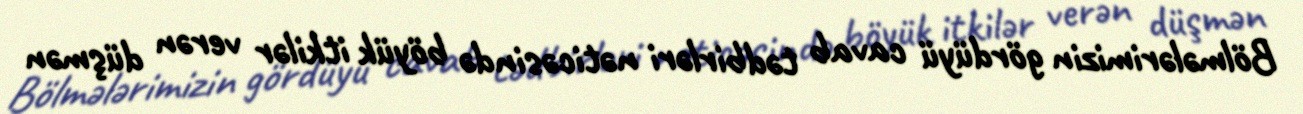
Bölmələrimizin gördüyü cavab tədbirləri nəticəsində böyük itkilər verən düşmən